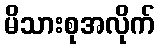
မိသားစုအလိုက်